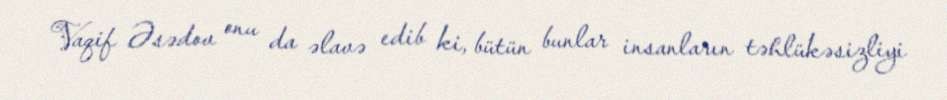
Vaqif Əsədov onu da əlavə edib ki, bütün bunlar insanların təhlükəsizliyi